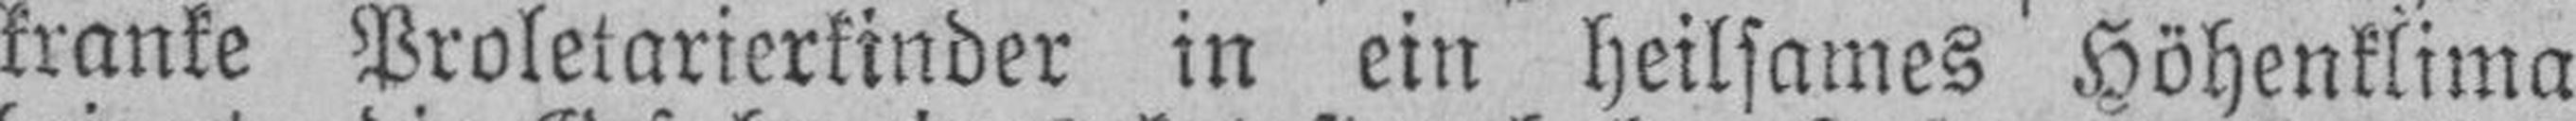
kranke Proletarierkinder in ein heilsames Höhenklima